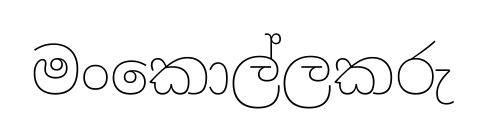
මංකොල්ලකරු